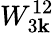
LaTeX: W_{3{\mathbf k}}^{12}